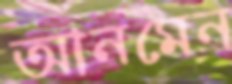
আনমেন